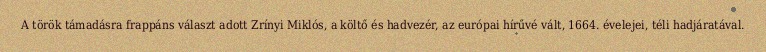
A török támadásra frappáns választ adott Zrínyi Miklós, a költő és hadvezér, az európai hírűvé vált, 1664. évelejei, téli hadjáratával.